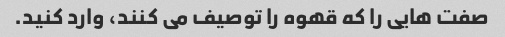
صفت هایی را که قهوه را توصیف می کنند، وارد کنید.